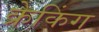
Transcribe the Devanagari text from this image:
क्रेकिंग